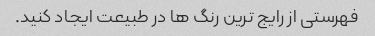
فهرستی از رایج ترین رنگ ها در طبیعت ایجاد کنید.